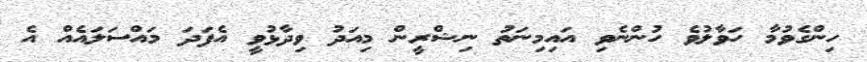
ހިންގެވުމާ ހަވާލުވެ ހުންނެވި އައިމިނަތު ނިޝްރީން މިއަދު ވިދާޅުވީ އެފަދަ މައްސަލައެއް އެ